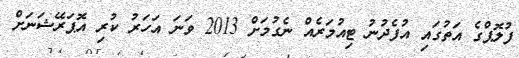
ފުލޮޕްގެ އަތުގައި އުފެދުނު ޓިއުމަރެއް ނެގުމަށް 2013 ވަނަ އަހަރު ކުރި އޮޕަރޭޝަނަށް